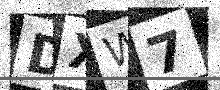
Text: DXW7